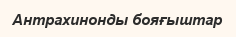
Антрахинонды бояғыштар